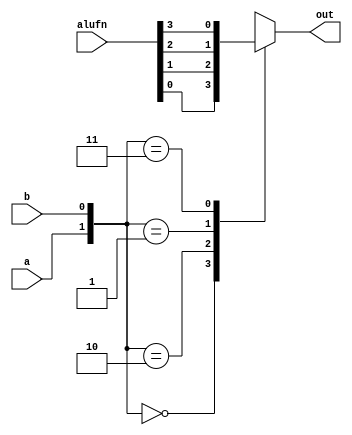
module boolean_16 (
    input a,
    input b,
    input [3:0] alufn,
    output reg out
  );
  
  
  
  always @* begin
    out = 2'h0;
    
    case ({a, b})
      2'h0: begin
        out = alufn[0+0-:1];
      end
      2'h2: begin
        out = alufn[1+0-:1];
      end
      2'h1: begin
        out = alufn[2+0-:1];
      end
      2'h3: begin
        out = alufn[3+0-:1];
      end
    endcase
  end
endmodule